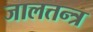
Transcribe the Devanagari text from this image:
जालतन्त्र